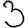
Digit: 3